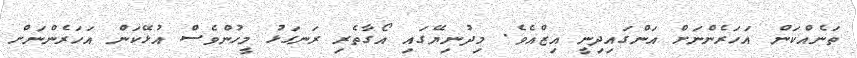
ތަނެއްކަން އަހަރެންނަށް އަންގައިދިނީ އިޒްއެވެ. މިދުނިޔޭގައި އޯގާތެރި ރަނގަޅު މީހުންވެސް އުޅޭކަން އަހަރެންނަށް